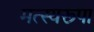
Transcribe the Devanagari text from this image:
मत्स्यरूपा